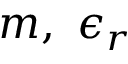
m , \ \epsilon _ { r }